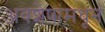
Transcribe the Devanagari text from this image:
अवशेषांमधून